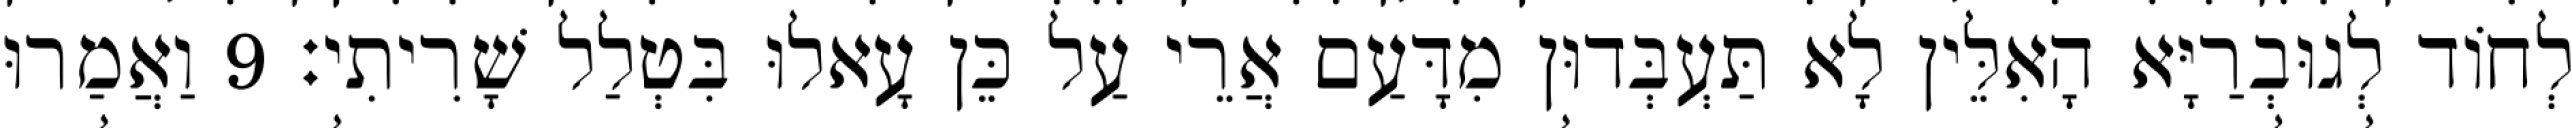
לְחוֹד לְגוּבְרַיָּא הָאִלֵּין לָא תַּעְבְּדוּן מִדָּעַם אֲרֵי עַל כֵּן עָאלוּ בִּטְלַל שָׁרִיתִי׃ 9 וַאֲמַרוּ